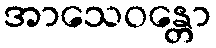
အာသေဝန္တော